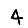
Digit: 4